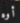
أوه